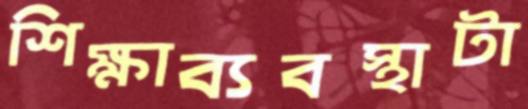
শিক্ষাব্যবস্থাটা